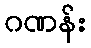
ဂဏန်း